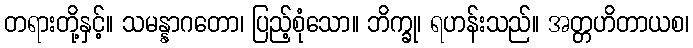
တရားတို့နှင့်။ သမန္နာဂတော၊ ပြည့်စုံသော။ ဘိက္ခု၊ ရဟန်းသည်။ အတ္တဟိတာယစ၊